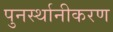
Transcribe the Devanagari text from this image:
पुनर्स्थानीकरण